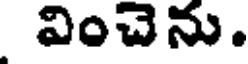
వించెను.